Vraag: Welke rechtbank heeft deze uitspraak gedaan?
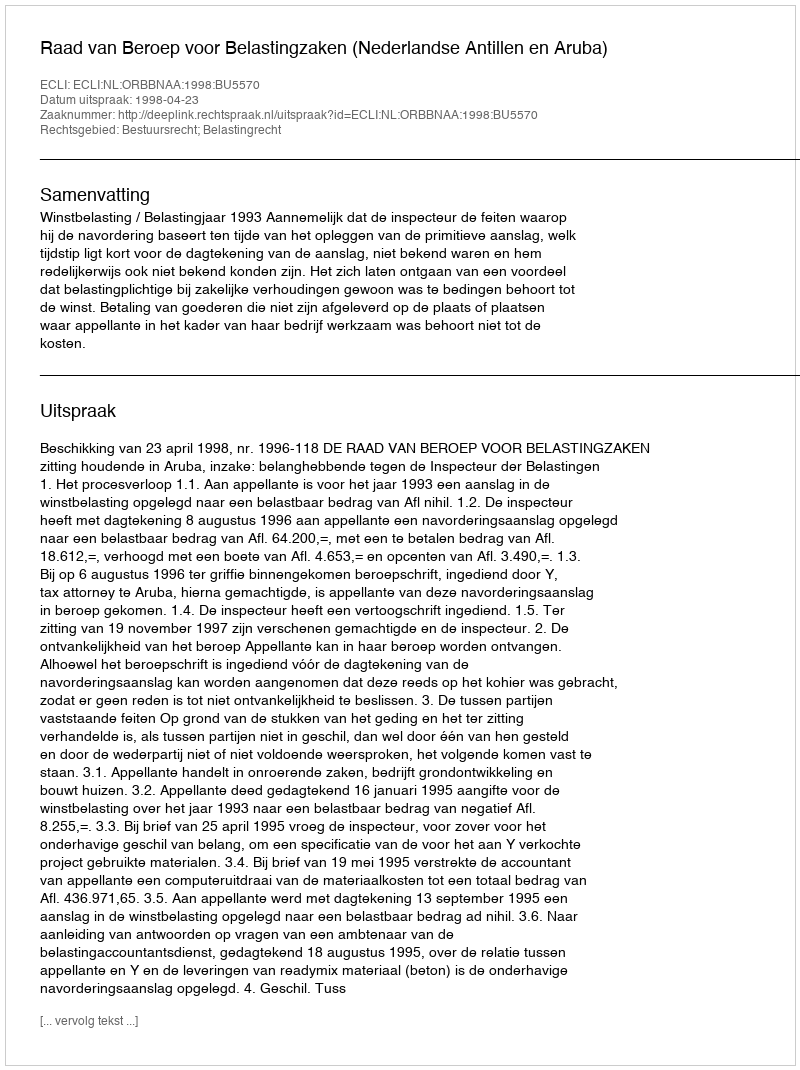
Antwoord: Raad van Beroep voor Belastingzaken (Nederlandse Antillen en Aruba)